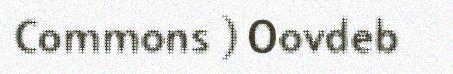
Commons ) Oovdeb